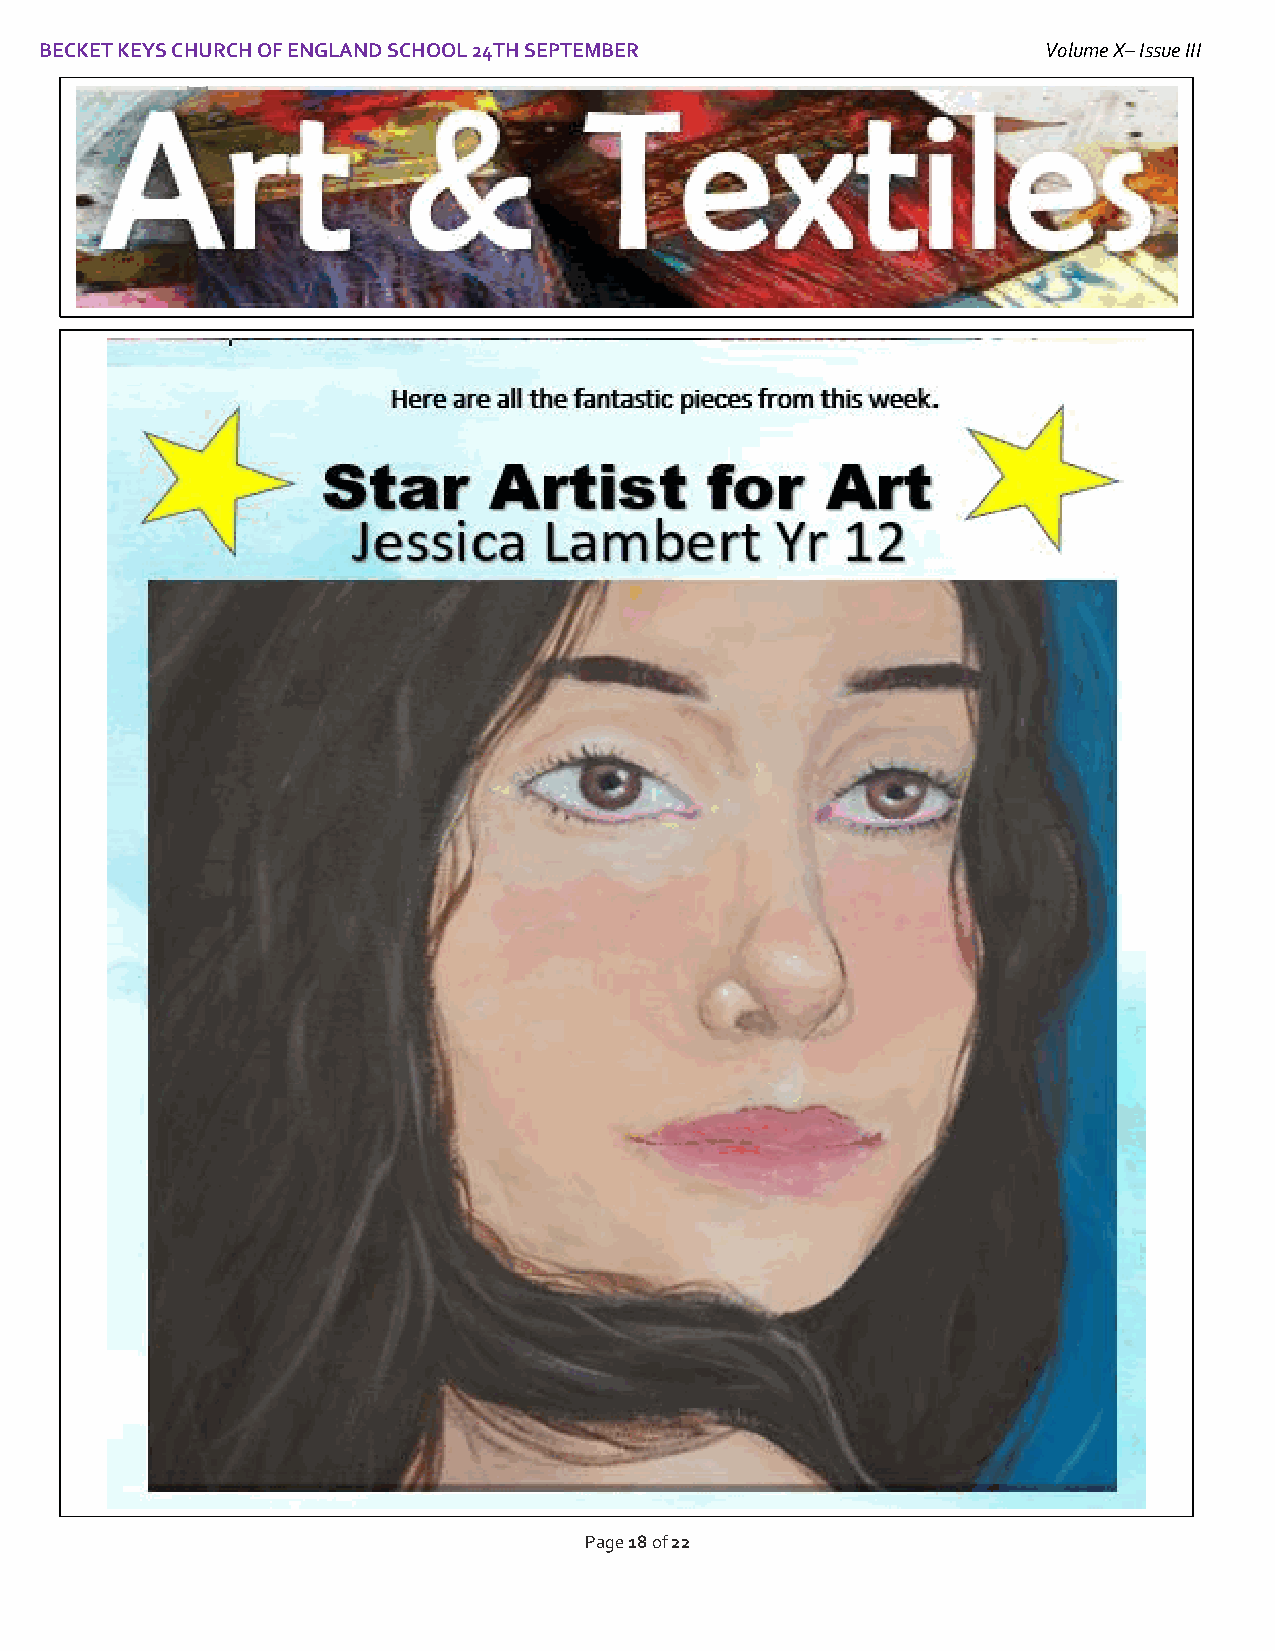
BECKET KEYS CHURCH OF ENGLAND SCHOOL 24TH SEPTEMBER               Volume X– Issue III
 I
 Page 18 of 22